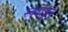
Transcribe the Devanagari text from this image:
स्क्वाॅड्रन